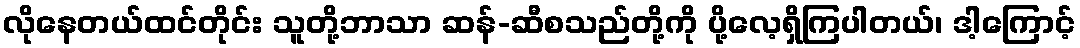
လိုနေတယ်ထင်တိုင်း သူတို့ဘာသာ ဆန်-ဆီစသည်တို့ကို ပို့လေ့ရှိကြပါတယ်၊ ဒါ့ကြောင့်